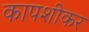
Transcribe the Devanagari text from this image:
कापशीकर